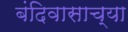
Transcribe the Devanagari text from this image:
बंदिवासाच्या